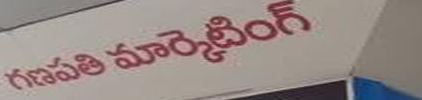
Language: telugu
Transcription: గణపతి మార్కెటింగ్